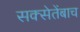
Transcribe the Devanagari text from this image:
सक्सेतेंबाच